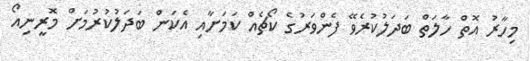
މިހާރު އޮތް ހާލަތް ބަދަލުކުރެވޭ ފެންވަރުގެ ކޯޗެއް ކަމަށާއި އެކަން ބަދަލުކުރުމަށް މޮރީނިއޯ